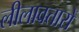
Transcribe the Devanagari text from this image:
लीलावतारों